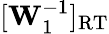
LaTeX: [\mathbf{W}_{1}^{-1}]_{\mathrm{RT}}